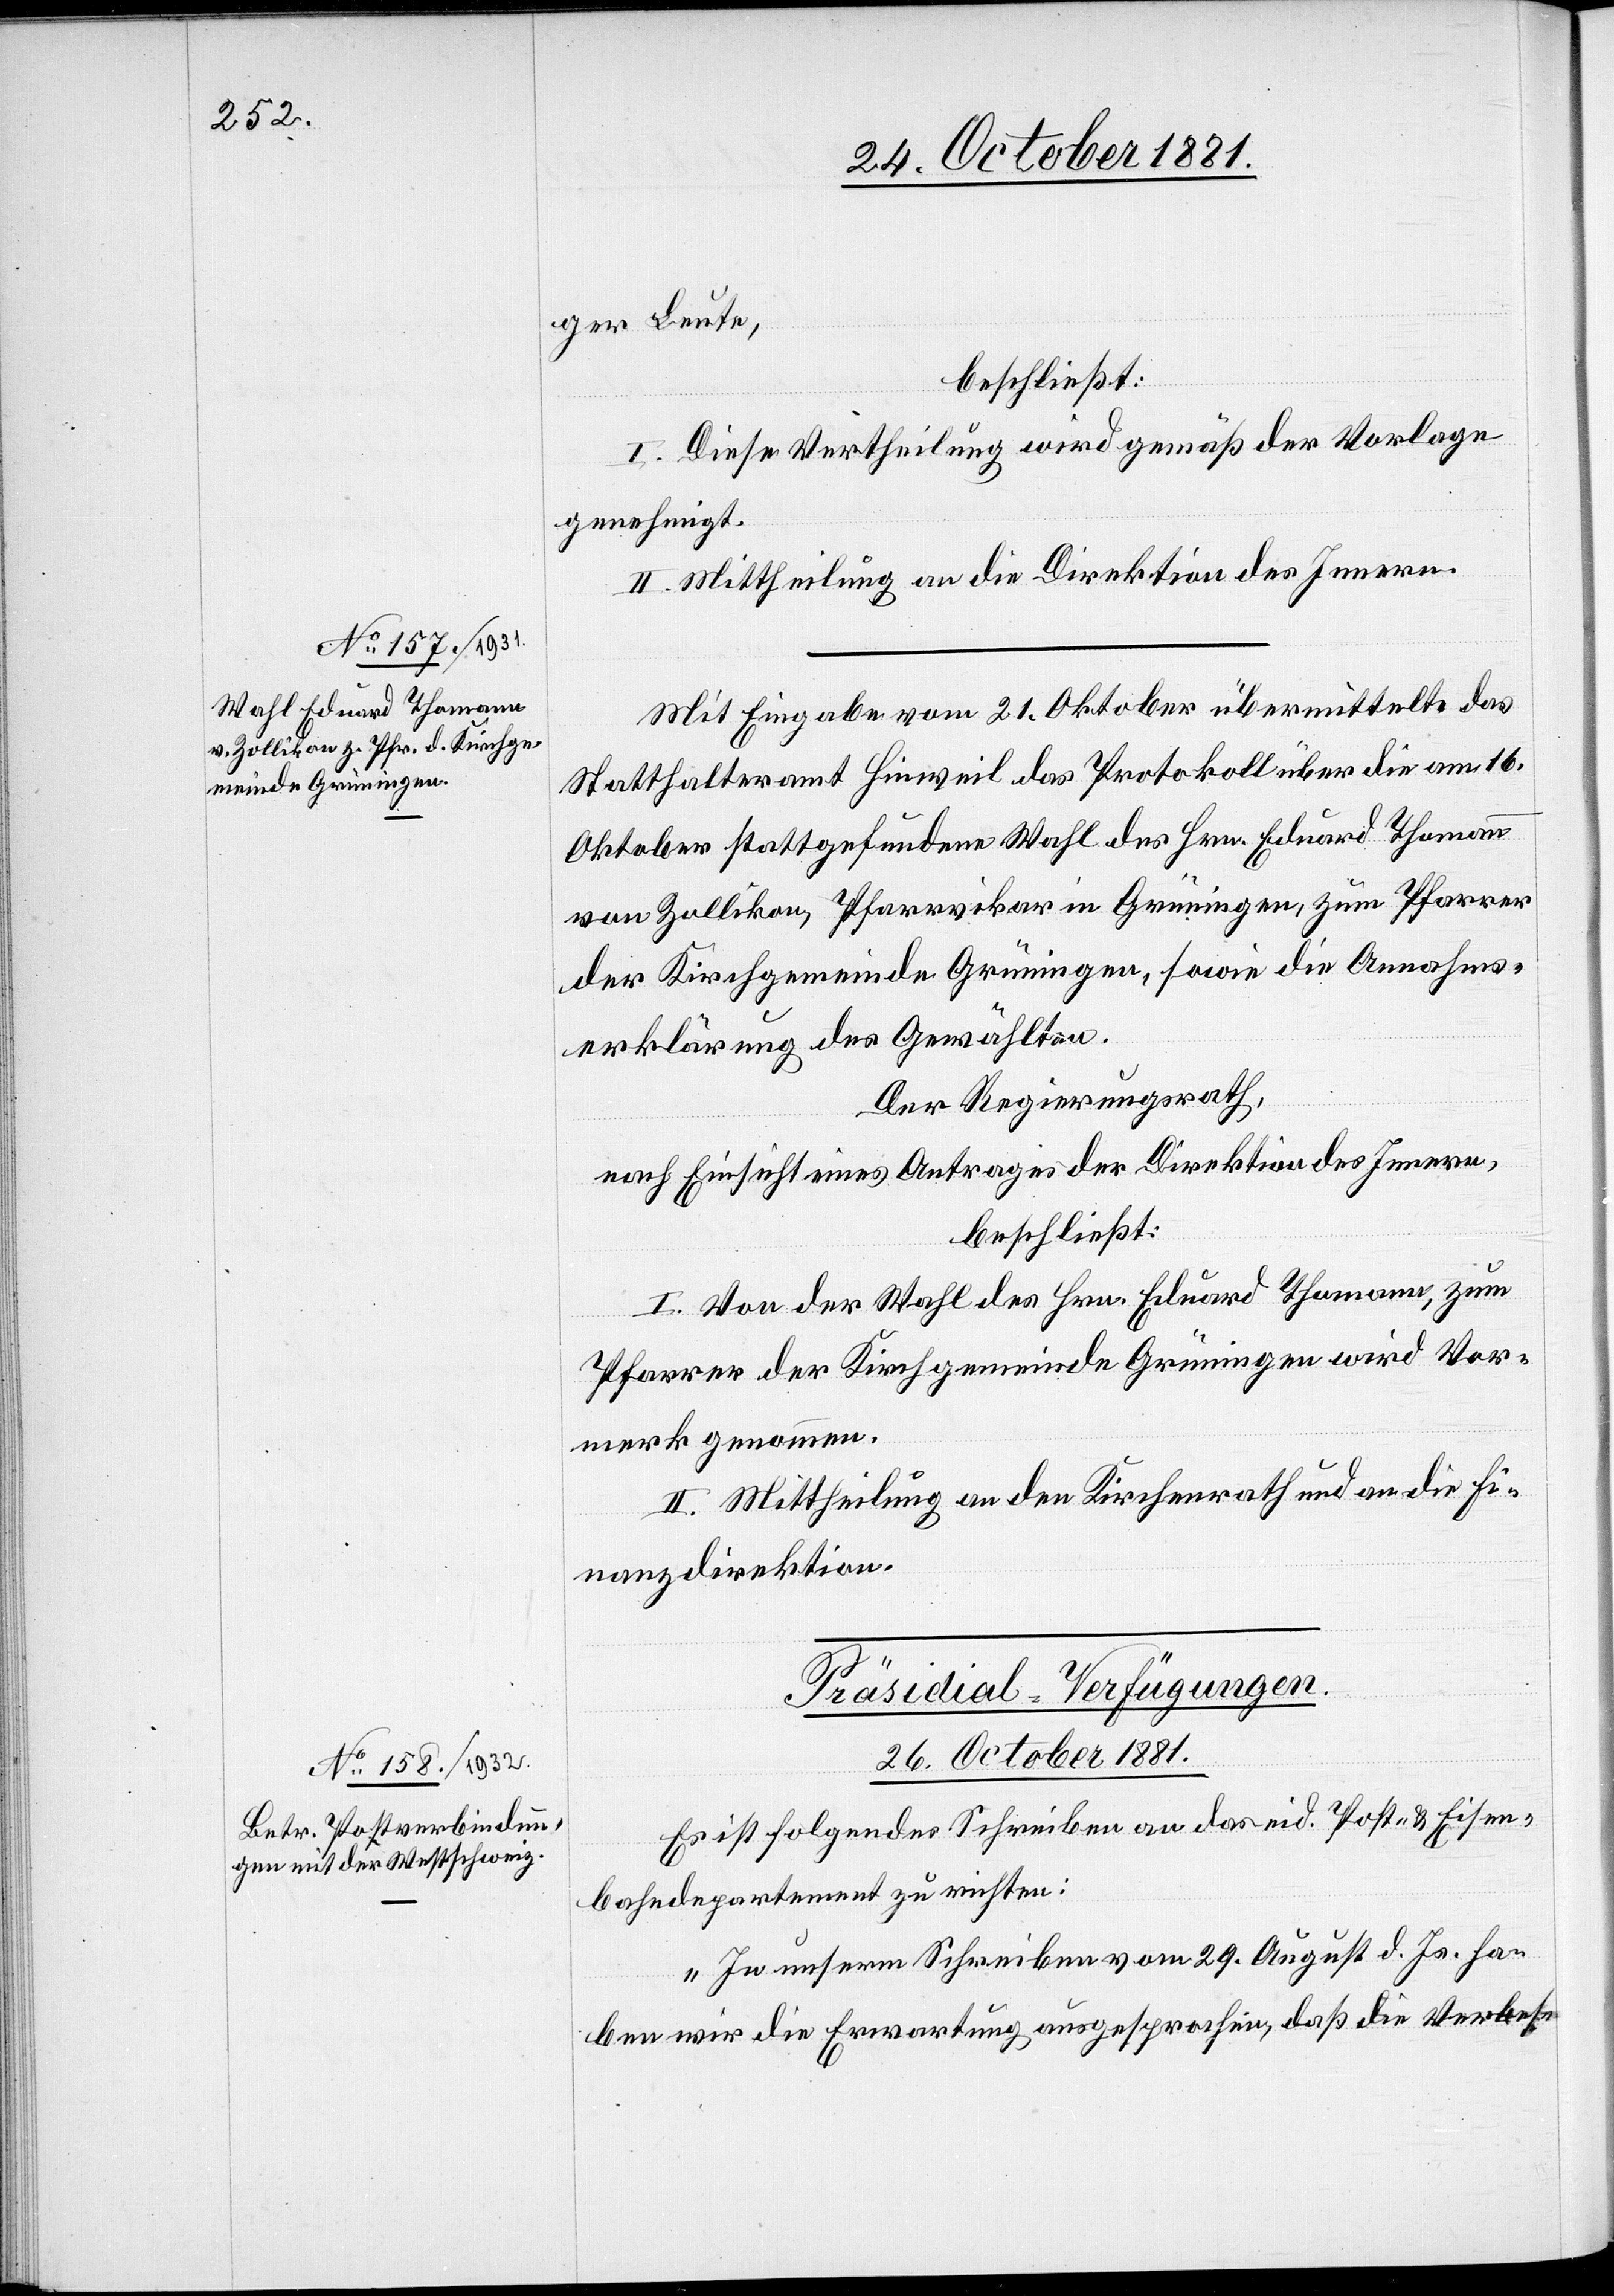
ger Leute,
beschließt:
I. Diese Vertheilung wird gemäß der Vorlage
genehmigt.
II. Mittheilung an die Direktion des Innern.
Mit Eingabe vom 21. Oktober übermittelte das
Statthalteramt Hinweil das Protokoll über die am 16.
Oktober stattgefundene Wahl des Hrn. Eduard Thomann
von Zollikon, Pfarrvikar in Grüningen, zum Pfarrer
der Kirchgemeinde Grüningen, sowie die Annahms¬
erklärung des Gewählten.
Der Regierungsrath,
nach Einsicht eines Antrages der Direktion des Innern,
beschließt:
I. Von der Wahl des Hrn. Eduard Thomann, zum
Pfarrer der Kirchgemeinde Grüningen wird Vor¬
merk genommen.
II. Mittheilung an den Kirchenrath und an die Fi¬
nanzdirektion.
Präsidial-Verfügungen.
26. October 1881.
Es ist folgendes Schreiben an das eid. Post- & Eisen¬
bahndepartement zu richten:
„In unserm Schreiben vom 29. August d. Js. ha¬
ben wir die Erwartung ausgesprochen, daß die Verbes-